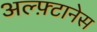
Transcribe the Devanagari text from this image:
अल्फ़्टानेस